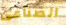
الصناعى